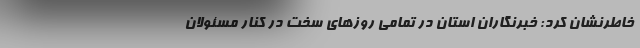
خاطرنشان کرد: خبرنگاران استان در تمامی روزهای سخت در کنار مسئولان